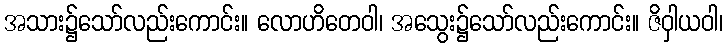
အသား၌သော်လည်းကောင်း။ လောဟိတေဝါ၊ အသွေး၌သော်လည်းကောင်း။ ဇိဝှါယဝါ၊